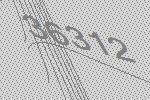
36312